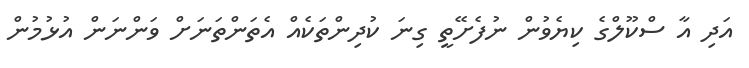
އަދި އާ ސްކޫލްގެ ކިޔެވުން ނުފެށޭތީ ގިނަ ކުދިންތަކެއް އެތަންތަނަށް ވަންނަން އުޅުމުން